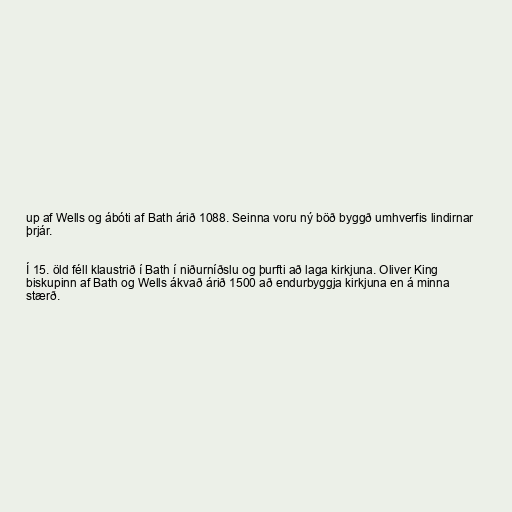
up af Wells og ábóti af Bath árið 1088. Seinna voru ný böð byggð umhverfis lindirnar
þrjár.

Í 15. öld féll klaustrið í Bath í niðurníðslu og þurfti að laga kirkjuna. Oliver King
biskupinn af Bath og Wells ákvað árið 1500 að endurbyggja kirkjuna en á minna
stærð.